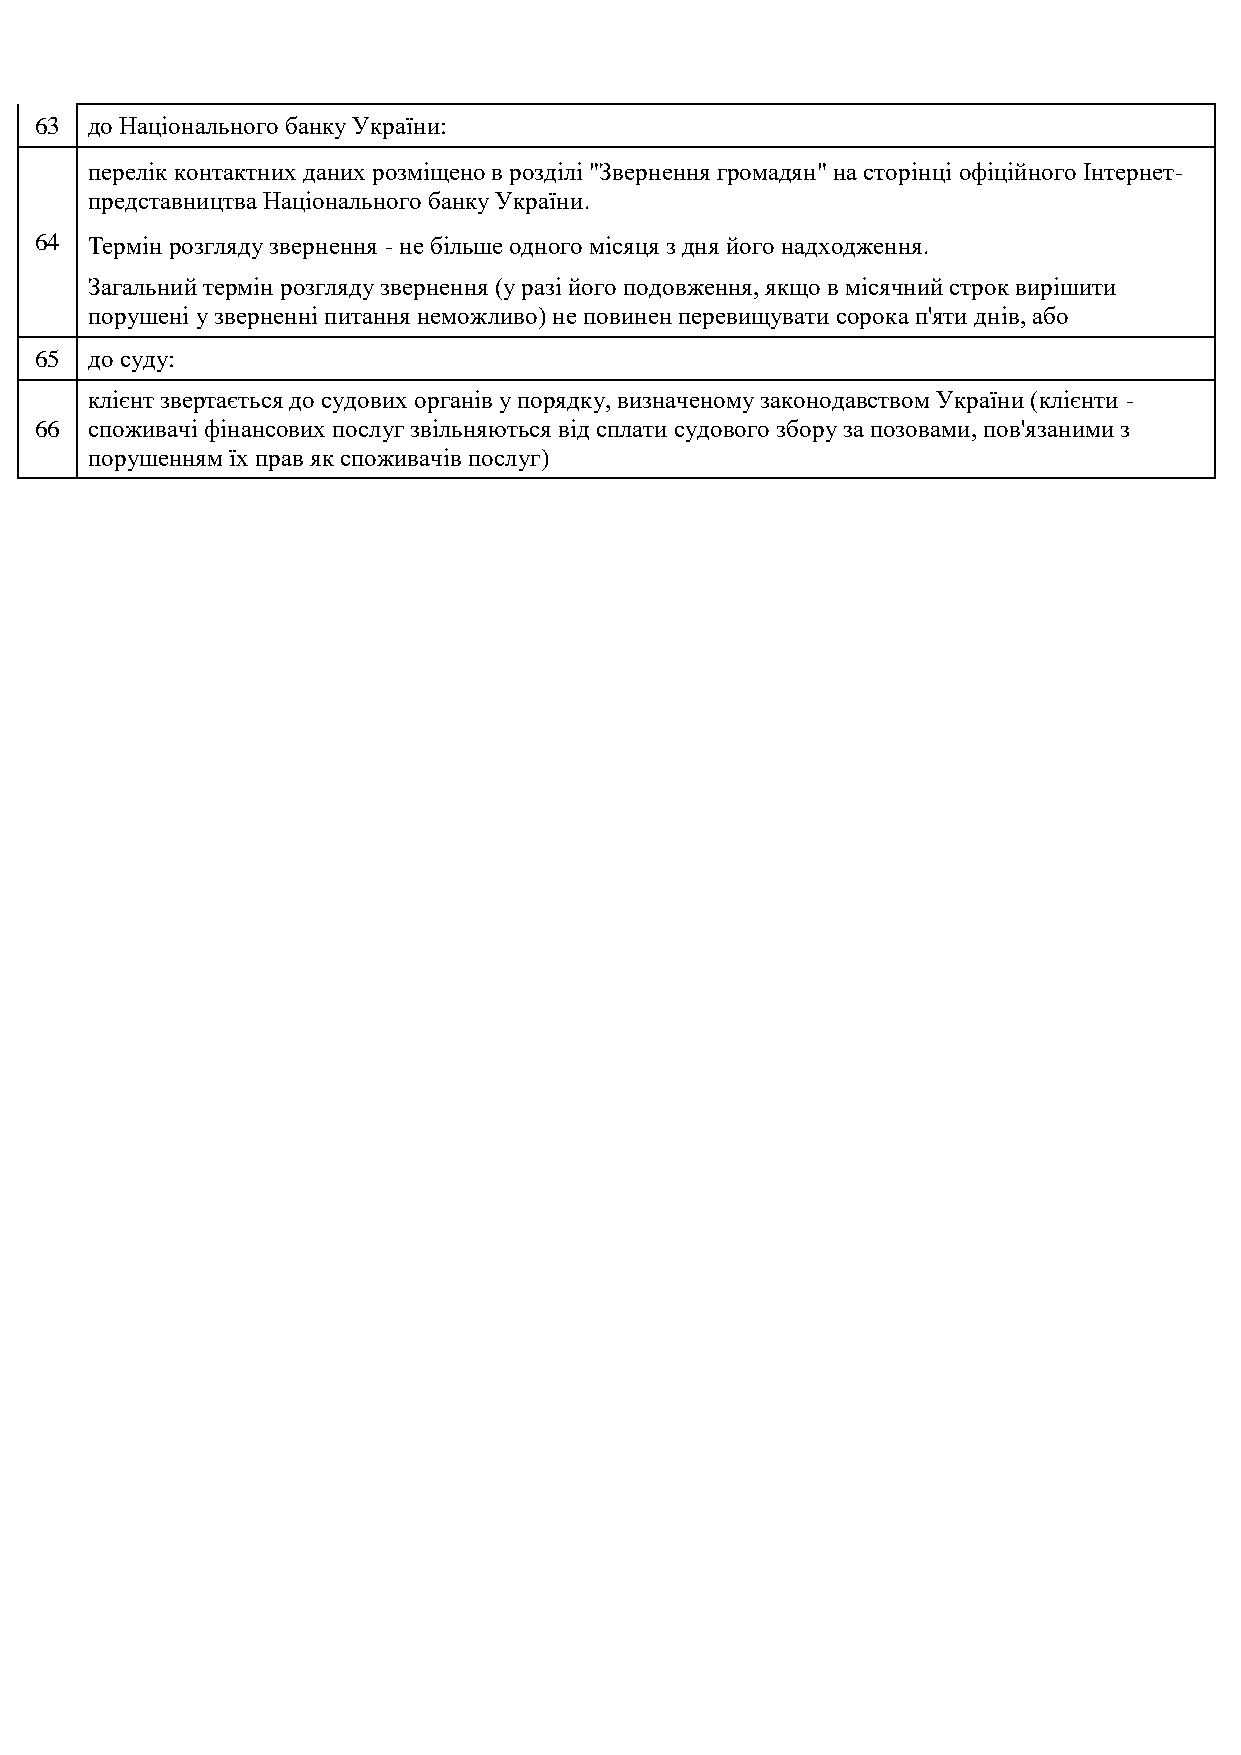
63  до Національного банку України:
 перелік контактних даних розміщено в розділі "Звернення громадян" на сторінці офіційного Інтернет-
 представництва Національного банку України.
 64  Термін розгляду звернення - не більше одного місяця з дня його надходження.
 Загальний термін розгляду звернення (у разі його подовження, якщо в місячний строк вирішити
 порушені у зверненні питання неможливо) не повинен перевищувати сорока п'яти днів, або
 65  до суду:
 клієнт звертається до судових органів у порядку, визначеному законодавством України (клієнти -
 66  споживачі фінансових послуг звільняються від сплати судового збору за позовами, пов'язаними з
 порушенням їх прав як споживачів послуг)